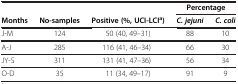
|  |  |  | <COLSPAN=2> Percentage |
 | Months | No-samples | Positive (%, UCI-LCIa) | C. jejuni | C. coli |
 | --- | --- | --- | --- | --- |
 | J-M | 124 | 50 (40, 49–31) | 88 | 10 |
 | A-J | 285 | 116 (41, 46–34) | 66 | 30 |
 | JY-S | 311 | 131 (41, 47–36) | 56 | 34 |
 | O-D | 35 | 11 (34, 49–17) | 91 | 9 |